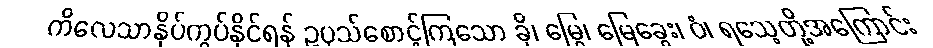
ကိလေသာနှိပ်ကွပ်နိုင်ရန် ဥပုသ်စောင့်ကြသော ခို၊ မြွေ၊ မြေခွေး၊ ဝံ၊ ရသေ့တို့အကြောင်း